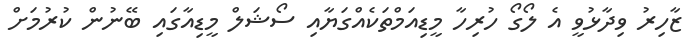
ޒާހިރު ވިދާޅުވީ އެ ލޯގޯ ހުރިހާ މީޑިއަމްތަކެއްގަޔާއި ސޯޝަލް މީޑިއާގައި ބޭނުން ކުރުމަށް